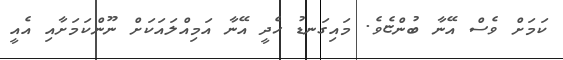
ކަމަށް ވެސް އޭނާ ބުންޏެވެ. މައިގަނޑު ހެދީ އޭނާ އަމިއްލައަކަށް ނޫންކަމަށާއި އެއީ